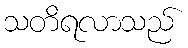
သတိရလာသည်